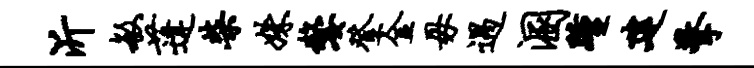
沂敏蓬柴姝嫠登金毋遇溷踵建擎